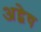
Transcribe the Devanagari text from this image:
अद्वेष